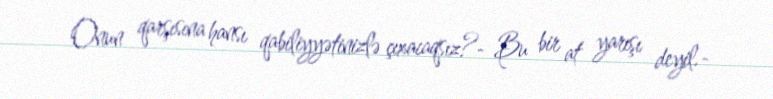
Onun qarşısına hansı qabiliyyətinizlə çıxacaqsız?- Bu bir at yarışı deyil.-